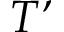
T ’